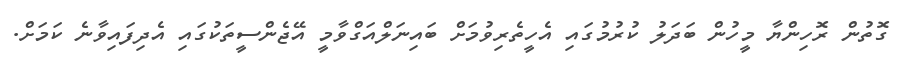
ގޮތުން ރޮހިންޔާ މީހުން ބަދަލު ކުރުމުގައި އެހީތެރިވުމަށް ބައިނަލްއަގްވާމީ އޭޖެންސީތަކުގައި އެދިފައިވާނެ ކަމަށް.